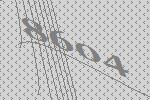
8604